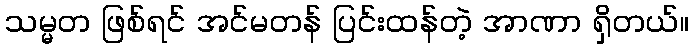
သမ္မတ ဖြစ်ရင် အင်မတန် ပြင်းထန်တဲ့ အာဏာ ရှိတယ်။